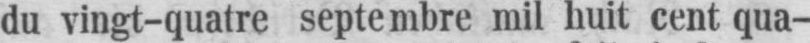
du vingt-quatre septembre mil huit cent qua-